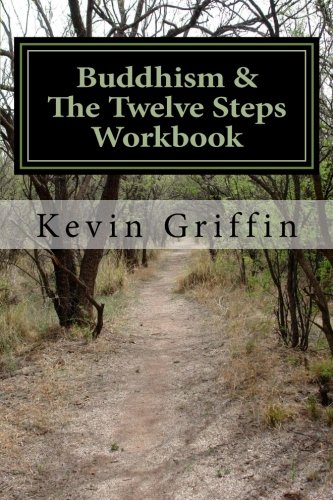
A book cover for Buddhism and the Twelve Steps: A Recovery Workbook for Individuals and Groups; Kevin Griffin; Health, Fitness & Dieting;